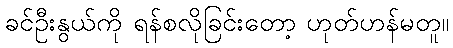
ခင်ဦးနွယ်ကို ရန်စလိုခြင်းတော့ ဟုတ်ဟန်မတူ။